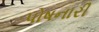
પોષનારી